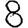
Digit: 8